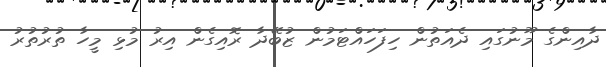
ދާއިންގެ މޫނުގައި ދެއަތުން ހިފަހައްޓަމުން ޒުބޭދާ ރޮއިގެން އިރު މުޅި މީހާ ތުރުތުރު